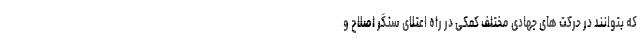
که بتوانند در حرکت های جهادی مختلف کمکی در راه اعتلای سنگر اصلاح و